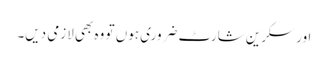
اور سکرین شارٹ ضروری ہوں تو وہ بھی لازمی دیں۔